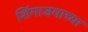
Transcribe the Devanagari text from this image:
शिंगाडयाच्या